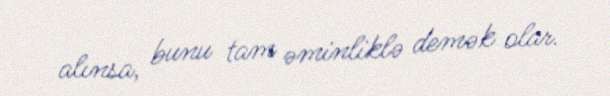
alınsa, bunu tam əminliklə demək olar.